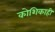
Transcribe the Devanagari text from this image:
कोशिकाही